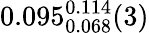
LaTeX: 0.095_{0.068}^{0.114}(3)